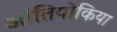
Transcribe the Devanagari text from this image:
आंतियोकिया